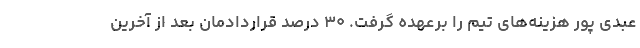
عبدی پور هزینه‌های تیم را برعهده گرفت. ۳۰ درصد قراردادمان بعد از آخرین